NAE_ERA_R-1992_EV_Ehitusministeerium, lk 12
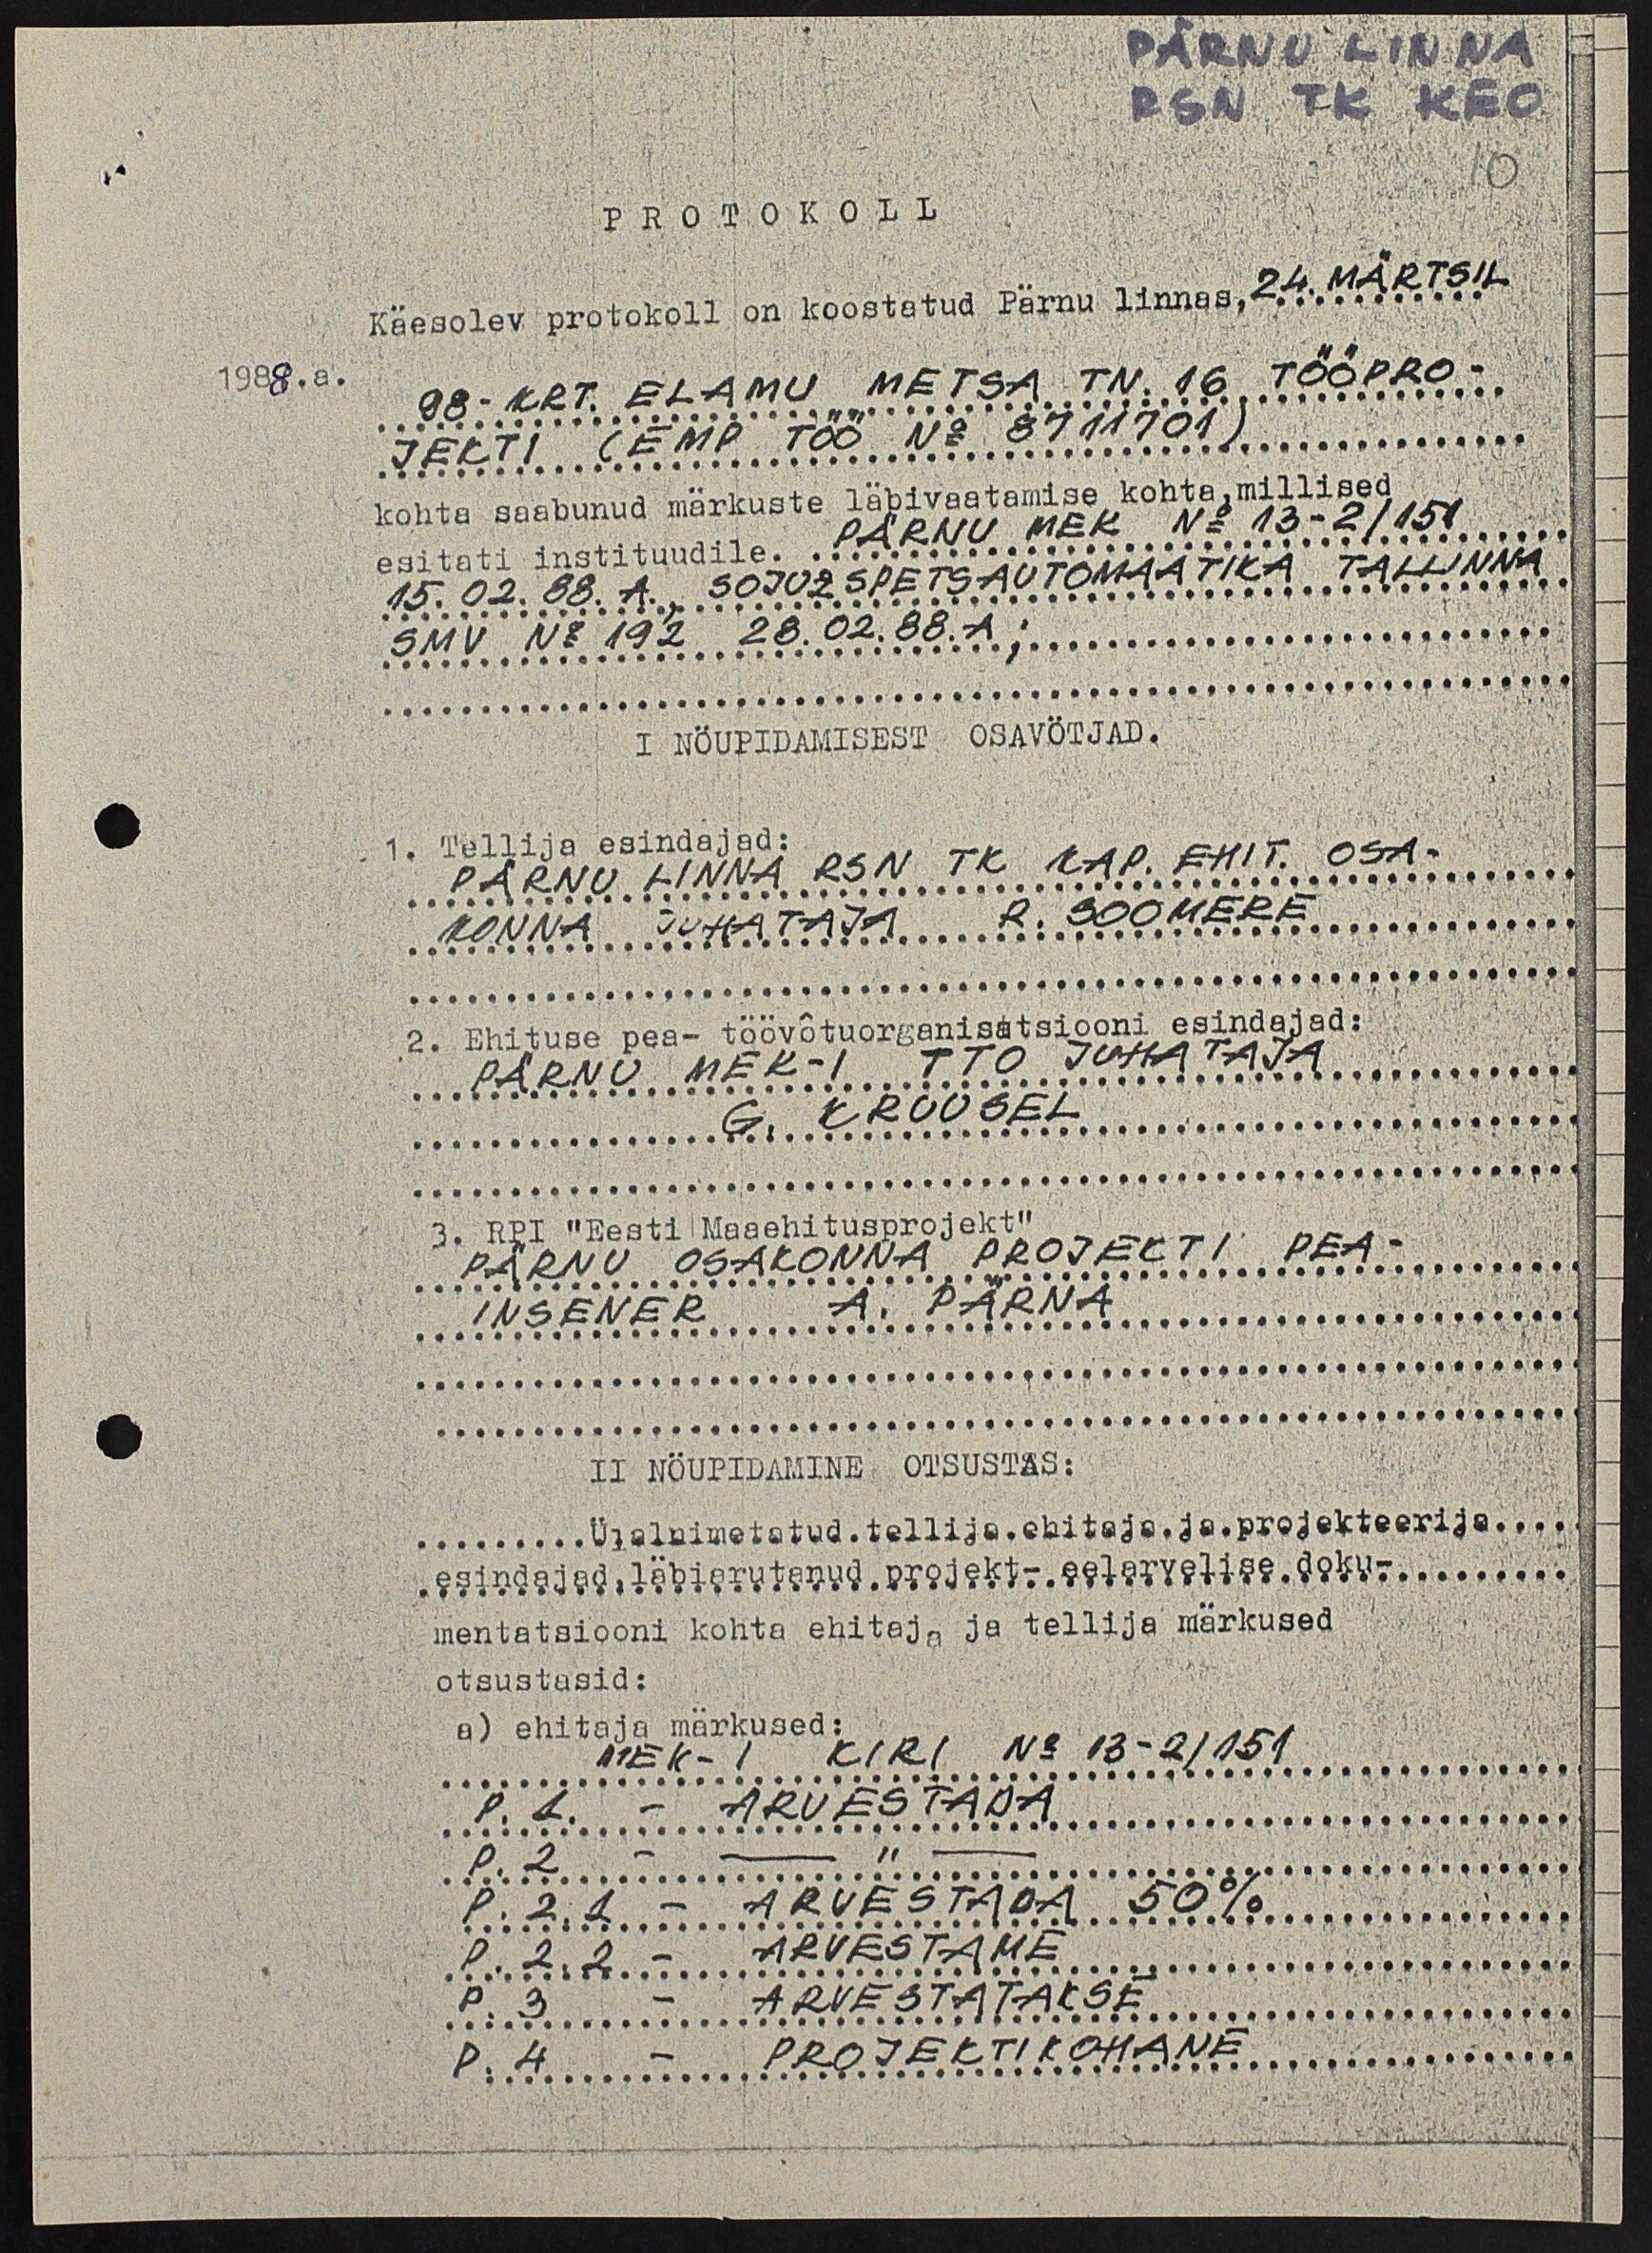
Pärnu Linna
RSN TK KEO
10
PROTOKOLL
Käesolev protokoll on koostatud Pärnu linnas, 24. MÄRTSIL
98-KRT. ELAMU METSA TN. 16 TÖÖPRO-
JEKTI (EMP TÖÖ No 8711701)
kohta saabunud märkuste läbivaatamise kohta, millised
esitati instituudile. PÄRNU MEK No 13-2/151.
15.02.88. A. SOJUZSPETSAUTOMAATIKA TALLINNA
SMV No 192 28.02.88.A.;
I Nöupidamisest osavötjad.
1. Tellija esindajad:
PÄRNU LINNA RSN TK KAP. EHIT. OSA-
KONNA JUHATAJA R. SOOMERE
2. Ehituse pea- töövõtuorganisatsiooni esindajad:
PÄRNU MEK-I TTO JUHATAJA
G. KRUUSEL
3. RPI "Eesti Maaehitusprojekt"
PÄRNU OSAKONNA PROJEKTI PEA-
INSENER A. PÄRNA
II Nöupidamine otsustas:
Ülalnimetatud tellija ehitaja ja projekteerija
esindajad, läbiarutanud projekt - eelarvelise doku -
mentatsiooni kohta ehitaja ja tellija märkused
otsustasid:
a) ehitaja märkused:
MEK-I KIRI No 13-2/151
P.1. - ARVESTADA
P.2 - -"-
P.2.1 - ARVESTADA 50%
P. 2.2 - ARVESTAME
P. 3 - ARVESTATAKSE
P. 4. - PROJEKTIKOHANE

1988. a.